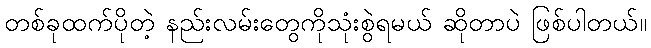
တစ်ခုထက်ပိုတဲ့ နည်းလမ်းတွေကိုသုံးစွဲရမယ် ဆိုတာပဲ ဖြစ်ပါတယ်။